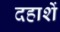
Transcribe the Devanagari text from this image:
दहाशें